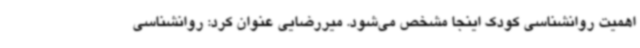
اهمیت روانشناسی کودک اینجا مشخص می‌شود. میررضایی عنوان کرد: روانشناسی